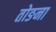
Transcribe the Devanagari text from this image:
तोङना